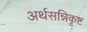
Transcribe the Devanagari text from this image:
अर्थसन्निकृष्ट